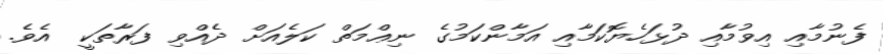
ފެނުމާއި އިވުމާއި ދުޅަހެޔޮކަމާއި އަމާންކަމުގެ ނިޢްމަތް ކަލެއަށް ދެއްވި ފަރާތަކީ  އެވެ.